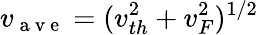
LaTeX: v_{\mathrm{~a~v~e~}}=(v_{th}^{2}+v_{F}^{2})^{1/2}